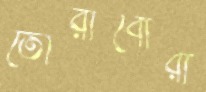
তোরাবোরা